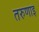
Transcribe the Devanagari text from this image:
तरुणाइ